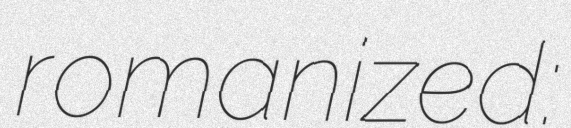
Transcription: romanized: